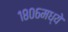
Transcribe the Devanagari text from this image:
१८०६मध्ये